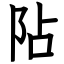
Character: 阽